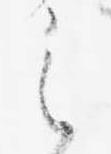
之